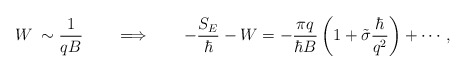
\begin{align*}W\:\sim \frac{1}{qB}\qquad\Longrightarrow\qquad -\frac{S_E}{\hbar}-W =-\frac{\pi q}{\hbar B}\,\biggl(1+\tilde{\sigma}\frac{\hbar}{q^2}\biggr)+\cdots, \end{align*}